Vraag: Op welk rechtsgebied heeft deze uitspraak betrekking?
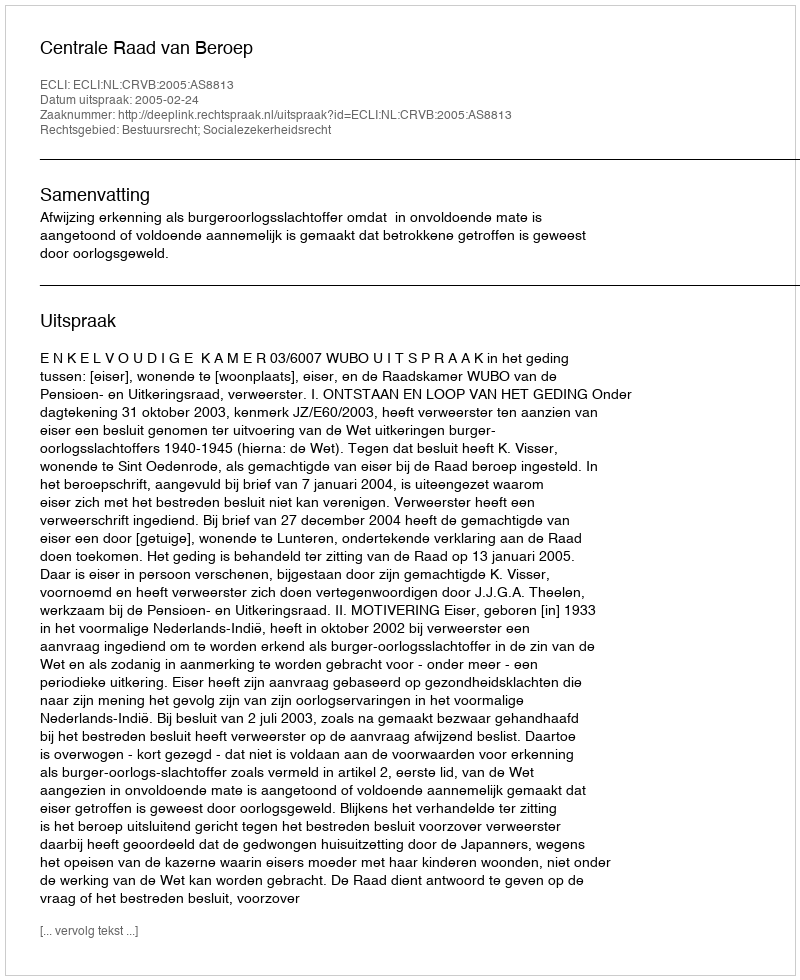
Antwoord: Bestuursrecht; Socialezekerheidsrecht